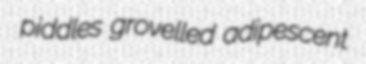
piddles grovelled adipescent